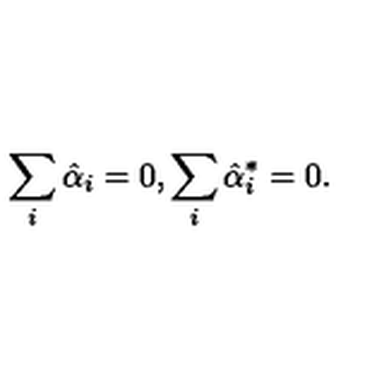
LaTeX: \sum _ { i } \hat { \alpha } _ { i } = 0 , \sum _ { i } \hat { \alpha } _ { i } ^ { * } = 0 .